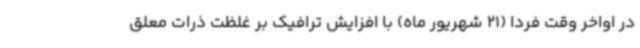
در اواخر وقت فردا (21 شهریور ماه) با افزایش ترافیک بر غلظت ذرات معلق